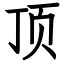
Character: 顶